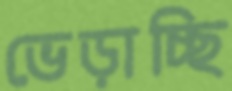
ভেড়াচ্ছি